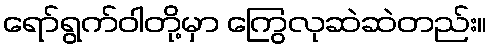
ရော်ရွက်ဝါတို့မှာ ကြွေလုဆဲဆဲတည်း။